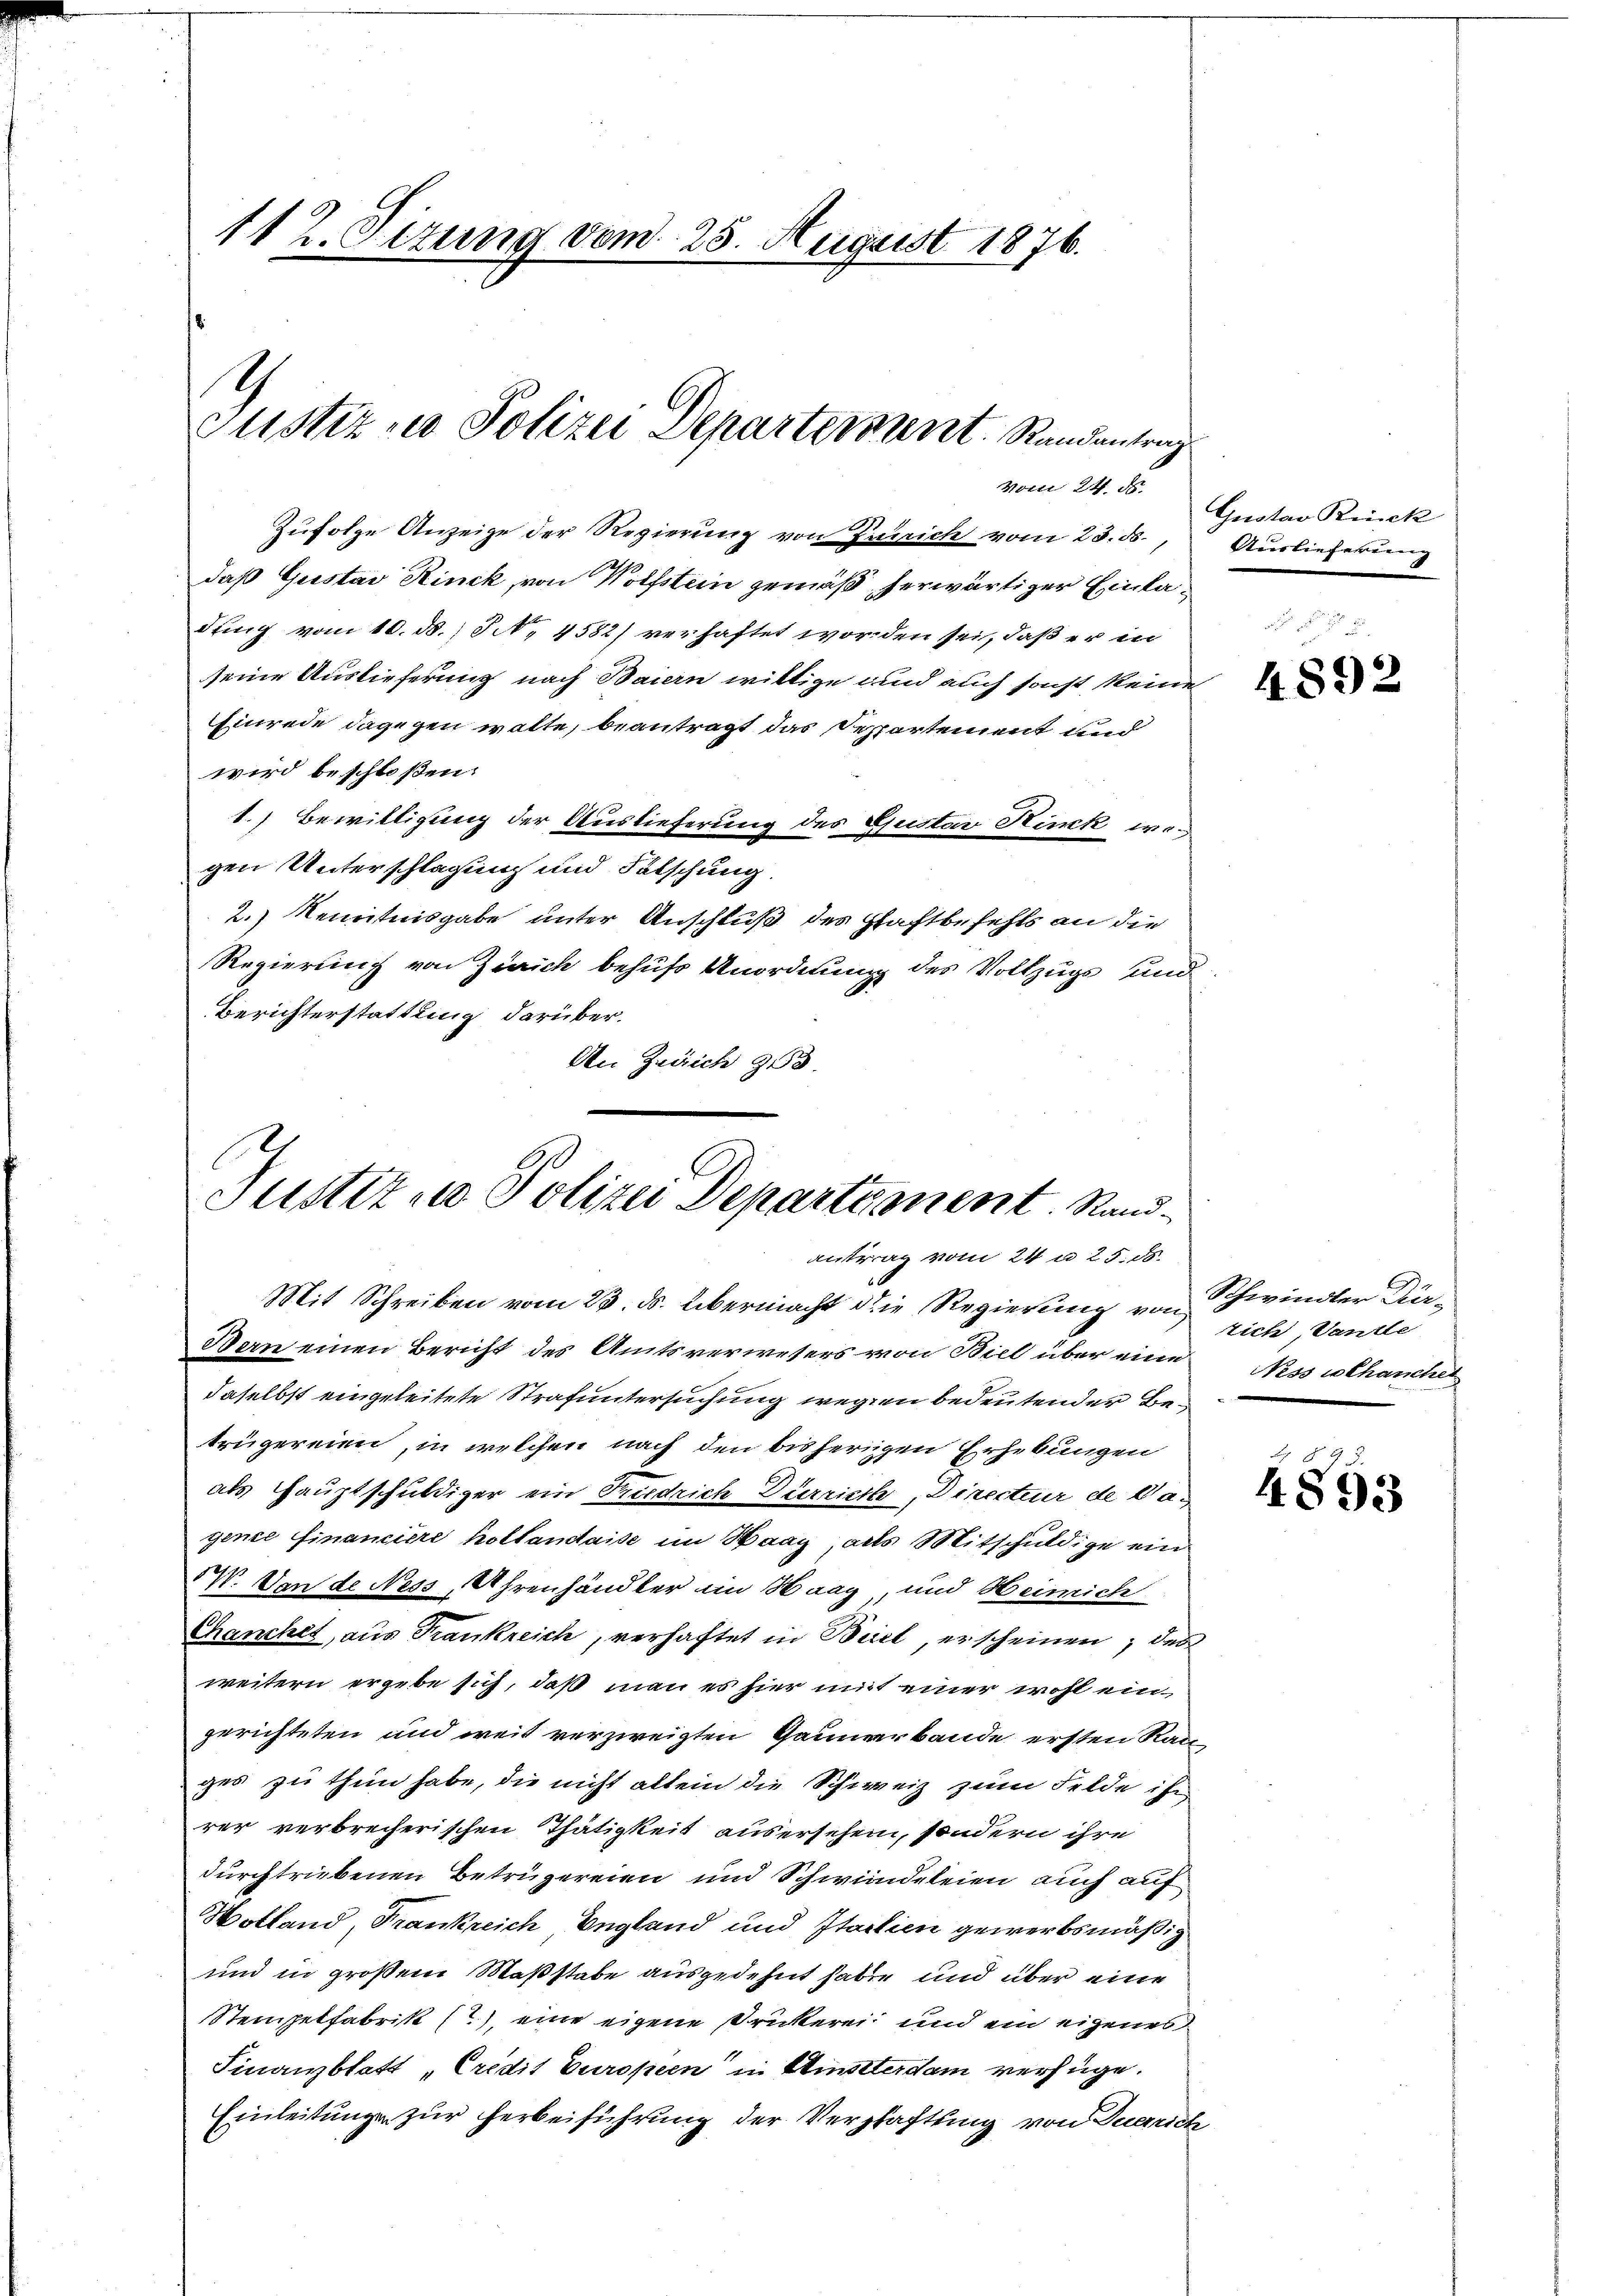
112. Sizung vom 25. August 1876.

4
Justiz - Polizei Departerrent. Randantrag
vom 24. ds.

Zŭfolge Anzeige der Regierung von Zürich vom 23. ds., Auslieferung
1
daß Gustav Rinck, von Wolfstein gemäß herwärtiger Einladung vom 10. ds., N. 4582) verhaftet worden sei, daß er in
seine Auslieferung nach Baiern willige und auch sonst keine
Einrede dagegen wolte, beantragt das Reppartement und
wird beschloßen:
1.) Bewilligung der Auslieferung des Gustav Hinck, wegen Unterschlagung und Fälschung.
2.) Kenntnisgabe unter Anschluß des Schaftbefehls an die
Regierung von Zürich behufs Anordnung des Vollzugs und
Berichterstattung darüber.
An Zusich 318.

Justiz - Polizei Departement Standantrag vom 24 u. 25. 55.
Mit Schreiben vom 23. ds. übermacht die Regierung von

Bern einen Bericht des Amtsverwesers von Biel über eine Nassothanchet
daselbst eingeleitete Strafuntersuchung wegen bedeutender Betrügereien, in welchen nach den bisherigen Erhebungen
als Hauptschuldiger ein Friedrich Dürriethe, Directeur de dagence financiere holtendaise im Haag, als Mitschuldige ein
VI. Von de Ness, Uhrenhändler im Haag, und Heinich
Chanchet, aus Frankreich, verhaftet in Beiel, erscheinen, des
weitern ergebe sich, daß man es hier mit einer wohl ein
gerichteten und weit verzweigten Gaunerbande ersten Ran
ges zu thun habe, die nicht allein die Schweiz zum Felde ihm
rer verbrecherischen Thätigkeit ausersehen, sondern ihre
durchtriebenen Betrügereien und Schwindeleien auch auf
Holland, Frankreich England und Italien gewerbsmäßig
und in großem Maßstabe ausgedehnt haben und über eine
Stempelfabrik (?), eine eigene Drickerei und ein eigenes
Finanzblatt „Credit Europeen in Winterdam verfüge.
Einleitung zur herbeiführung der Verschaftung von Duerrich

Gustav Rück

4892

Schwindler Dürtich, Vande

.
4893